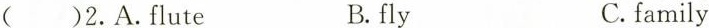
( )2.A.Flute B.fly C.family